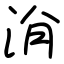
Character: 洕